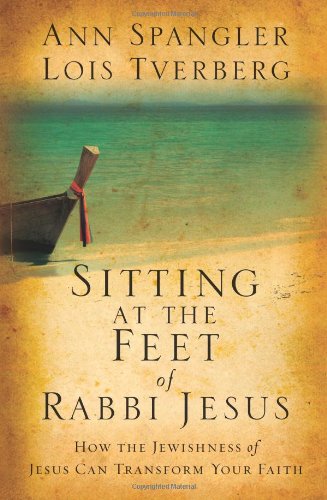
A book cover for Sitting at the Feet of Rabbi Jesus: How the Jewishness of Jesus Can Transform Your Faith; Ann Spangler; Christian Books & Bibles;